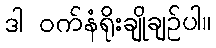
ဒါ ဝက်နံရိုးချိုချဉ်ပါ။